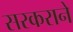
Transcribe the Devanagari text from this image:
सरकराने